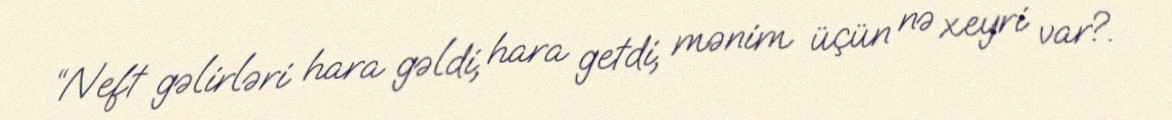
“Neft gəlirləri hara gəldi, hara getdi, mənim üçün nə xeyri var?.